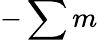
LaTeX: -\sum m